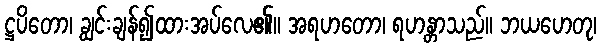
ဋ္ဌပိတော၊ ချွင်းချန်၍ထားအပ်လေ၏။ အရဟတော၊ ရဟန္တာသည်။ ဘယဟေတု၊